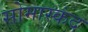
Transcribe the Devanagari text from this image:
सोमास्कंद